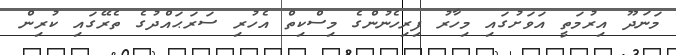
މަނަދޫ އިރުމަތީ އަވަށުގައި މިހާރު ފިރިހެނުންގެ މިސްކިތް އެހުރި ސަރަޙައްދުގެ ތެރޭގައި ކުރިން